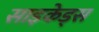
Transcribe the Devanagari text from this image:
साइकेड्स